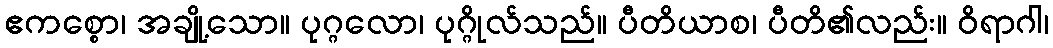
ဧကစ္စော၊ အချို့သော။ ပုဂ္ဂလော၊ ပုဂ္ဂိုလ်သည်။ ပီတိယာစ၊ ပီတိ၏လည်း။ ဝိရာဂါ၊